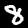
Digit: 8